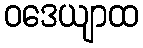
ဝဒေယျာထ